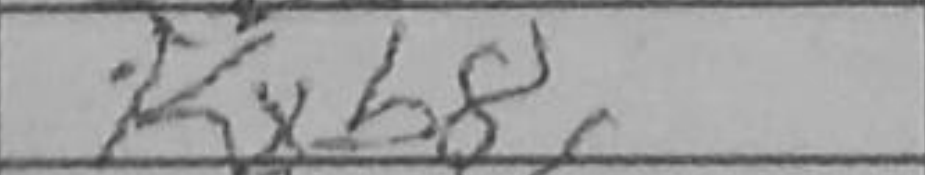
Transcription: Kxb8